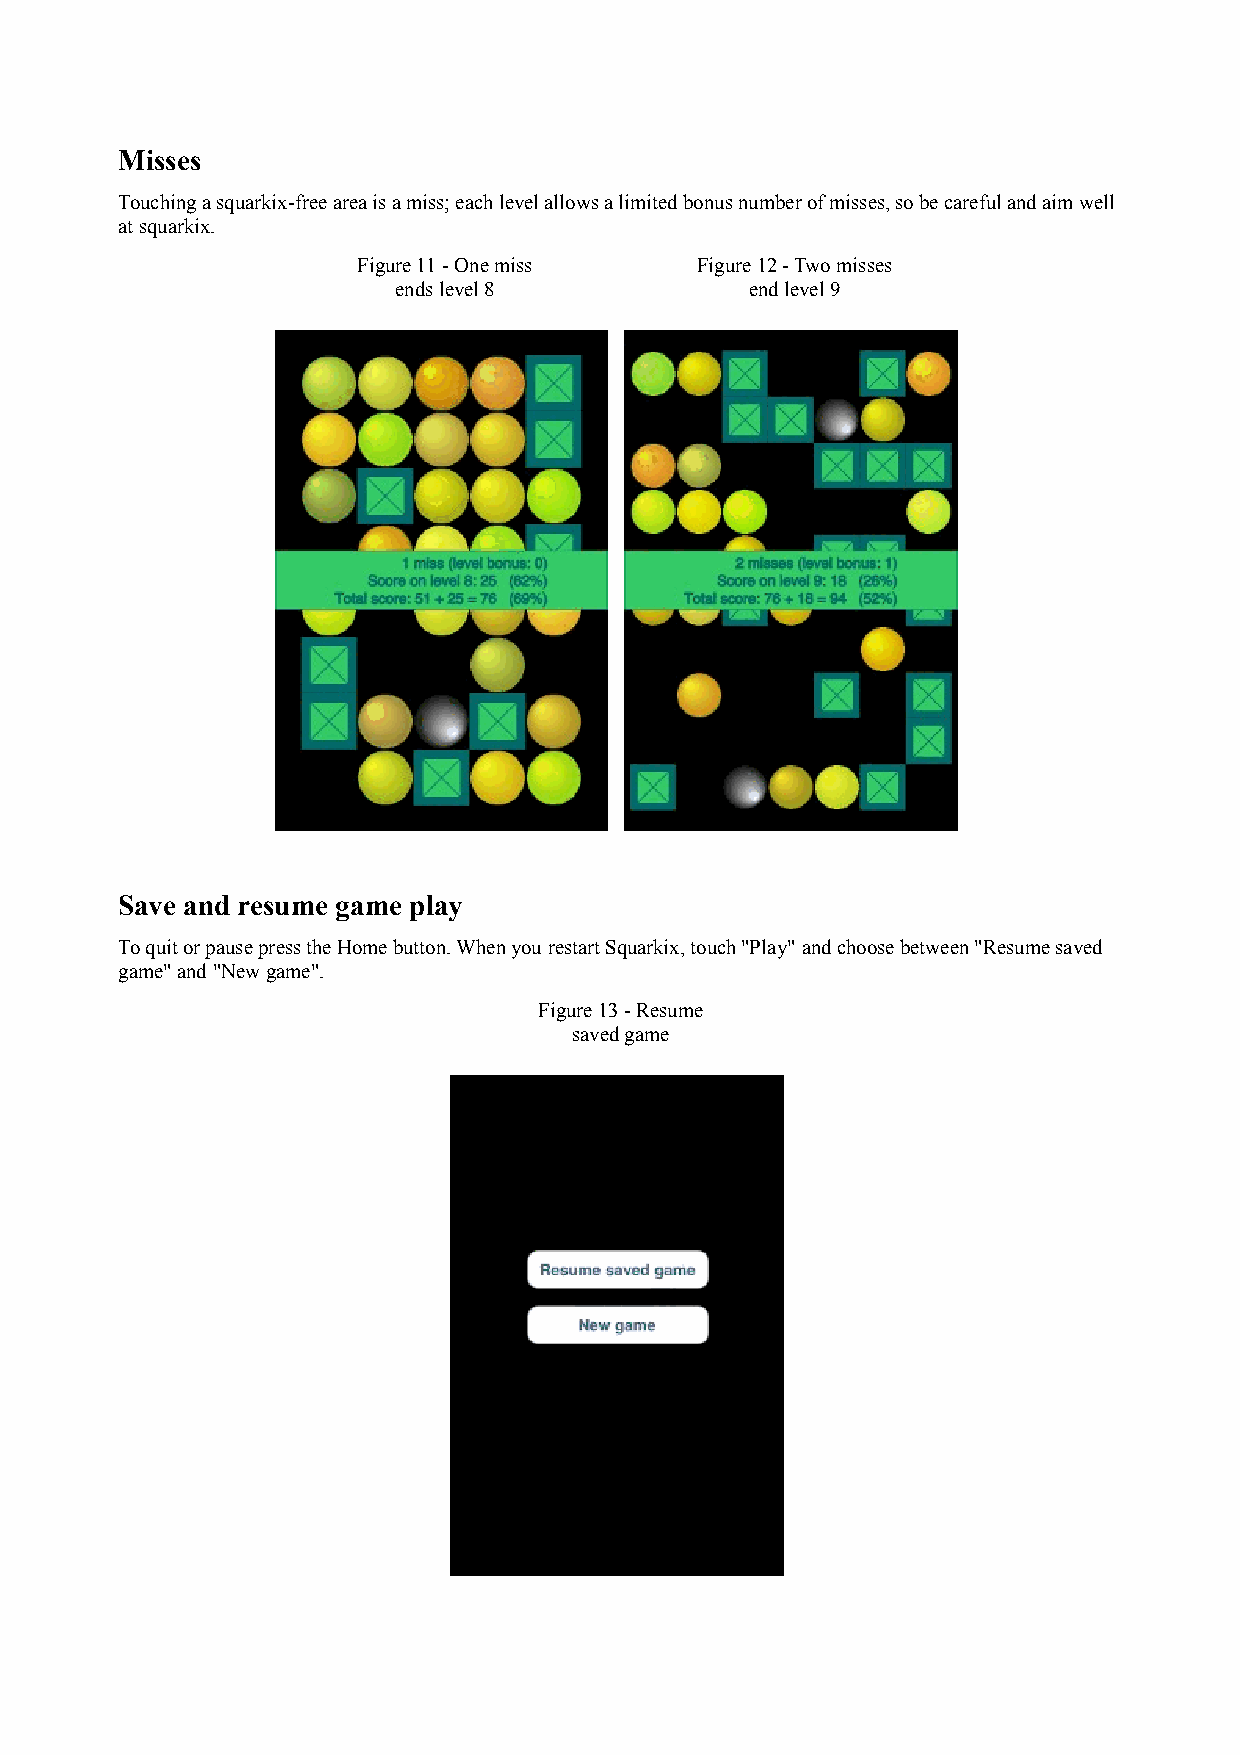
Misses
 Touching a squarkix-free area is a miss; each level allows a limited bonus number of misses, so be careful and aim well
 at squarkix.
 Figure 11 - One miss  Figure 12 - Two misses
 ends level 8            end level 9
 Save and resume game play
 To quit or pause press the Home button. When you restart Squarkix, touch "Play" and choose between "Resume saved
 game" and "New game".
 Figure 13 - Resume
 saved game